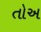
તોઅ